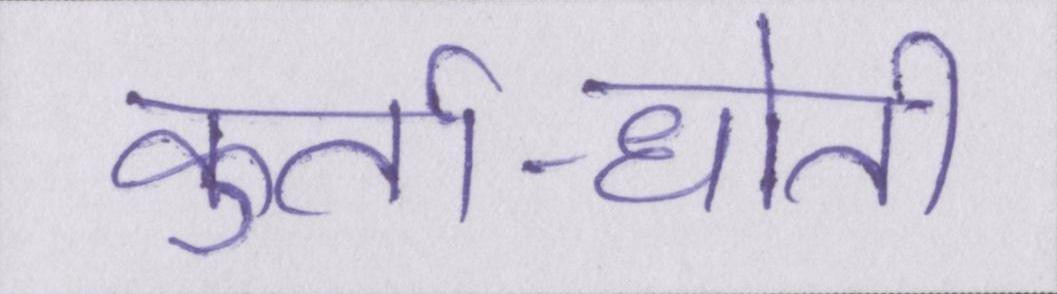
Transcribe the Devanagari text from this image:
कुर्ता-धोती